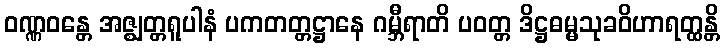
ဝဏ္ဏဝန္တေ အဇ္ဈတ္တရူပါနံ ပကတတ္တဋ္ဌာနေ ဂမ္ဘီရာတိ ပဝတ္တ ဒိဋ္ဌဓမ္မသုခဝိဟာရတ္ထန္တိ